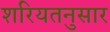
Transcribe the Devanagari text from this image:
शरियतनुसार